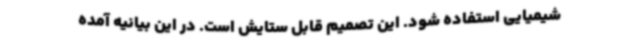
شیمیایی استفاده شود. این تصمیم قابل ستایش است. در این بیانیه آمده